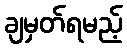
ချမှတ်ရမည့်